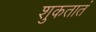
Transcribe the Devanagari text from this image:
शुकतातं